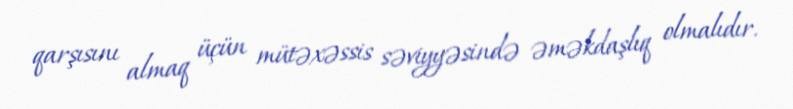
qarşısını almaq üçün mütəxəssis səviyyəsində əməkdaşlıq olmalıdır.